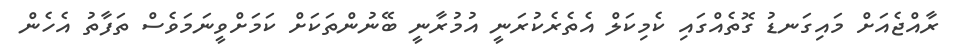
ރާއްޖެއަށް މައިގަނޑު ގޮތެއްގައި ކެމިކަލް އެތެރެކުރަނީ އުމުރާނީ ބޭނުންތަކަށް ކަމަށްވީނަމަވެސް ތަފާތު އެހެން